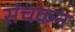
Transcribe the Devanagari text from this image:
संचकन